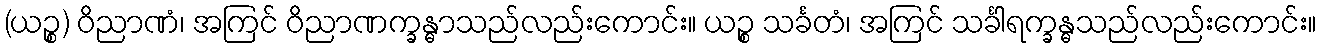
(ယဉ္စ) ဝိညာဏံ၊ အကြင် ဝိညာဏက္ခန္ဓာသည်လည်းကောင်း။ ယဉ္စ သင်္ခတံ၊ အကြင် သင်္ခါရက္ခန္ဓသည်လည်းကောင်း။